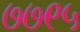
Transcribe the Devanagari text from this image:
७७९५